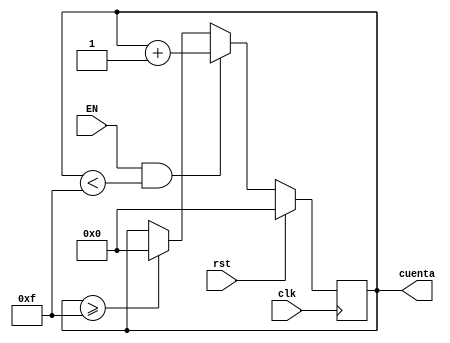
module counter4bits (
    input rst,clk,EN,
    output reg [3:0] cuenta 
);

always @(posedge clk) begin
    if (rst) cuenta<=0;
    else if (EN&&cuenta<15) cuenta<=cuenta+1;
    else if (cuenta>=15) cuenta<=0;
    else cuenta<=cuenta;
end

endmodule